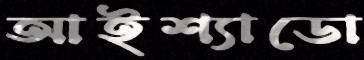
আইশ্যাডো